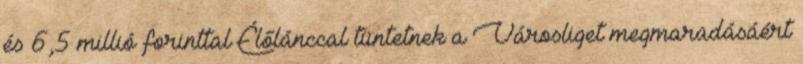
és 6,5 millió forinttal Élőlánccal tüntetnek a Városliget megmaradásáért